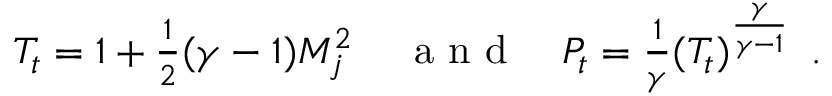
\begin{array} { r l r } { { T _ { t } = 1 + \frac { 1 } { 2 } ( \gamma - 1 ) M _ { j } ^ { 2 } \, } } & { { } { \mathrm { ~ a ~ n ~ d ~ } } } & { { P _ { t } = \frac { 1 } { \gamma } ( T _ { t } ) ^ { \frac { \gamma } { \gamma - 1 } } \, \mathrm { ~ . ~ } } } \end{array}